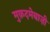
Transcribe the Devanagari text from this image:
मुक़दमेबाज़ी